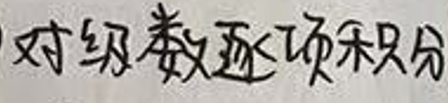
对级数逐项积分